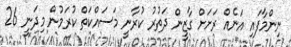
ނިންމާފައި އަނެއް ރަށަށް ގާޒީން ދަތުރު ކުރާނީ މަސައްކަތް ކުރަމުން މިދަނީ 26